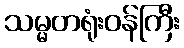
သမ္မတရုံးဝန်ကြီး